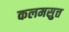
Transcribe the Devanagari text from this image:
कलमसुत्त